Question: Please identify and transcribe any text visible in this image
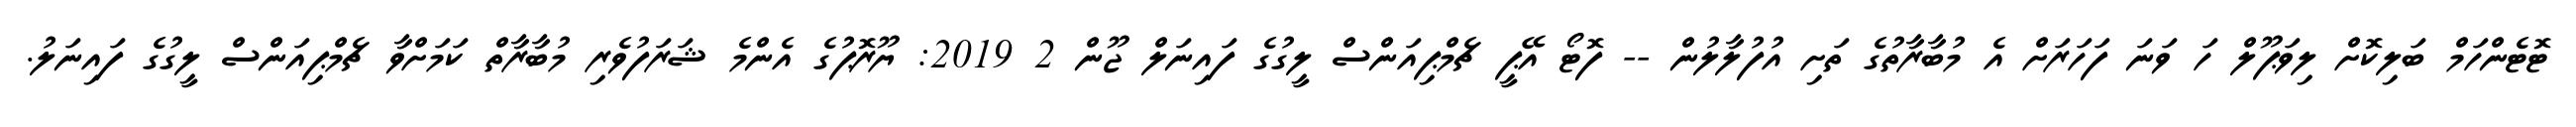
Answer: ޓޮޓެންހަމް ބަލިކޮށް ލިވަޕޫލް ހަ ވަނަ ފަހަރަށް އެ މުބާރާތުގެ ތަށި އުފުލާލުން -- ފޮޓޯ އޭޕީ ޗެމްޕިއަންސް ލީގުގެ ފައިނަލް ޖޫން 2 2019: ޔޫރޮޕުގެ އެންމެ ޝަރަފުވެރި މުބާރާތް ކަމަށްވާ ޗެމްޕިއަންސް ލީގުގެ ފައިނަލު.